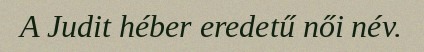
A Judit héber eredetű női név.